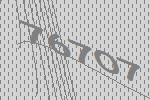
76707